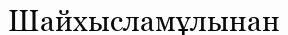
Шайхысламұлынан